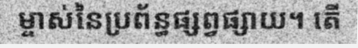
ម្ចាស់នៃប្រព័ន្ធផ្សព្វផ្សាយ។ តើ